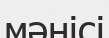
мәнісі